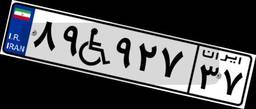
۸۹W۹۲۷۳۷